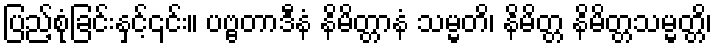
ပြည့်စုံခြင်းနှင့်၎င်း။ ပဗ္ဗတာဒီနံ နိမိတ္တာနံ သမ္မတိ၊ နိမိတ္တ နိမိတ္တသမ္မတ္တိ၊